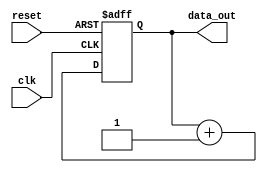
module my_module (
    input wire clk,
    input wire reset,
    output wire [7:0] data_out
);
    // Simple example functionality for my_module
    reg [7:0] counter;

    always @(posedge clk or posedge reset) begin
        if (reset) begin
            counter <= 8'b0;
        end else begin
            counter <= counter + 1;
        end
    end

    assign data_out = counter;
endmodule